Annual administration report of the Civil Veterinary Department of India - 1896-1897
Year: 1896
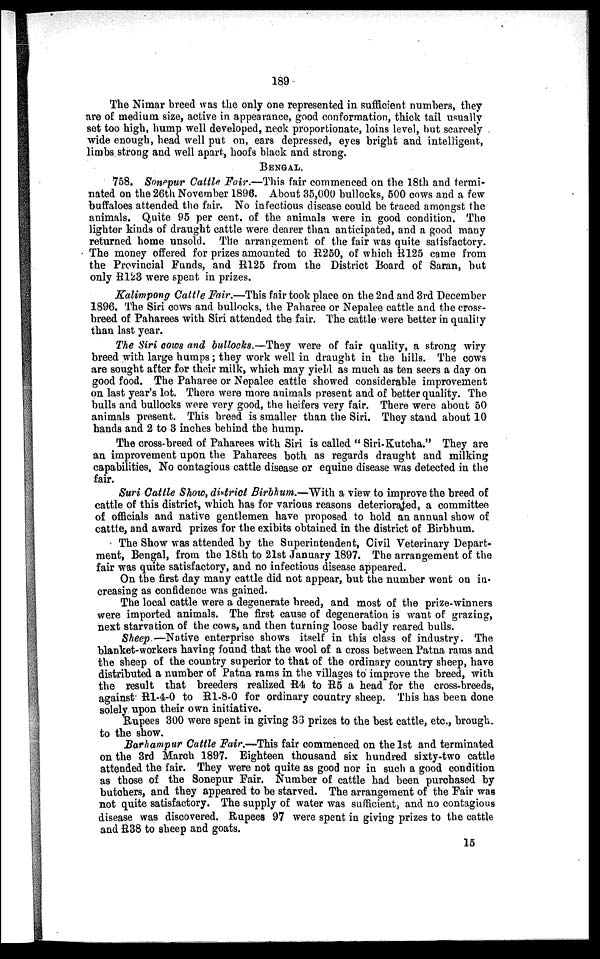
189
The Nimar breed was the only one represented in sufficient numbers, they
are of medium size, active in appearance, good conformation, thick tail usually
set too high, hump well developed, neck proportionate, loins level, but scarcely
wide enough, head well put on, ears depressed, eyes bright and intelligent,
limbs strong and well apart, hoofs black and strong.
BENGAL.
758. Sonepur Cattle. Fair.—This fair commenced on the 18th and termi-
nated on the 26th November 1896. About 35,000 bullocks, 500 cows and a few
buffaloes attended the fair. No infectious disease could be traced amongst the
animals. Quite 95 per cent. of the animals were in good condition. The
lighter kinds of draught cattle were dearer than anticipated, and a good many
returned home unsold. The arrangement of the fair was quite satisfactory.
The money offered for prizes amounted to R250, of which R125 came from
the Provincial Funds, and R125 from the District Board of Saran, but
only R123 were spent in prizes.
Kalimpong Cattle Fair.—This fair took place on the 2nd and 3rd December
1896. The Siri cows and bullocks, the Paharee or Nepalee cattle and the cross-
breed of Paharees with Siri attended the fair. The cattle were better in quality
than last year.
The Siri cows and bullocks.—They were of fair quality, a strong wiry
breed with large humps; they work well in draught in the hills. The cows
are sought after for their milk, which may yield as much as ten seers a day on
good food. The Paharee or Nepalee cattle showed considerable improvement
on last year's lot. There were more animals present and of better quality. The
bulls and bullocks were very good, the heifers very fair. There were about 50
animals present. This breed is smaller than the Siri. They stand about 10
hands and 2 to 3 inches behind the hump.
The cross-breed of Paharees with Siri is called " Siri-Kutcha." They are
an improvement upon the Paharees both as regards draught and milking
capabilities. No contagious cattle disease or equine disease was detected in the
fair.
Suri Cattle Show, district Birbhum.—With a view to improve the breed of
cattle of this district, which has for various reasons deteriorated, a committee
of officials and native gentlemen have proposed to hold an annual show of
cattte, and award prizes for the exibits obtained in the district of Birbhum.
The Show was attended by the Superintendent, Civil Veterinary Depart-
ment, Bengal, from the 18th to 21st January 1897. The arrangement of the
fair was quite satisfactory, and no infectious disease appeared.
On the first day many cattle did not appear, but the number went on in-
creasing as confidence was gained.
The local cattle were a degenerate breed, and most of the prize-winners
were imported animals. The first cause of degeneration is want of grazing,
next starvation of the cows, and then turning loose badly reared bulls.
Sheep —Native enterprise shows itself in this class of industry. The
blanket-workers having found that the wool of a cross between Patna rams and
the sheep of the country superior to that of the ordinary country sheep, have
distributed a number of Patna rams in the villages to improve the breed, with
the result that breeders realized R4 to R5 a head for the cross-breeds,
against R1-4-0 to R1-8-0 for ordinary country sheep. This has been done
solely upon their own initiative.
Rupees 300 were spent in giving 36 prizes to the best cattle, etc., brought
to the show.
Barhampur Cattle Fair.—This fair commenced on the 1st and terminated
on the 3rd March 1897. Eighteen thousand six hundred sixty-two cattle
attended the fair. They were not quite as good nor in such a good condition
as those of the Sonepur Fair. Number of cattle had been purchased by
butchers, and they appeared to be starved. The arrangement of the Fair was
not quite satisfactory. The supply of water was sufficient, and no contagious
disease was discovered. Rupees 97 were spent in giving prizes to the cattle
and R38 to sheep and goats.
15